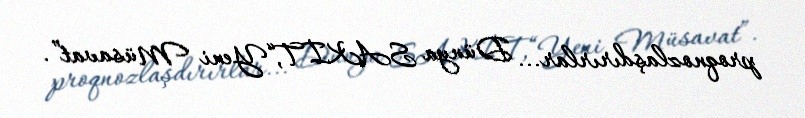
proqnozlaşdırırlar... Dünya SAKİT,“Yeni Müsavat”.